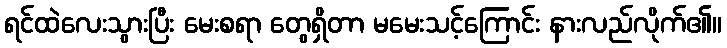
ရင်ထဲလေးသွားပြီး မေးစရာ တွေရှိတာ မမေးသင့်ကြောင်း နားလည်လိုက်၏။